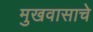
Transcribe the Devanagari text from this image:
मुखवासाचे